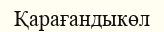
Қарағандыкөл